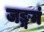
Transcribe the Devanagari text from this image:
जङ्गमं